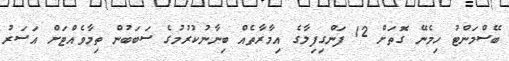
ބޭސްމަންޓު ހިމެނޭ ގޮތަށް 12 ފަންގިފިލާގެ އިމާރާތެއް ބިނާނުކުރުމުގެ ސަބަބުން ތިމާވެއްޓަށް އަސަރު